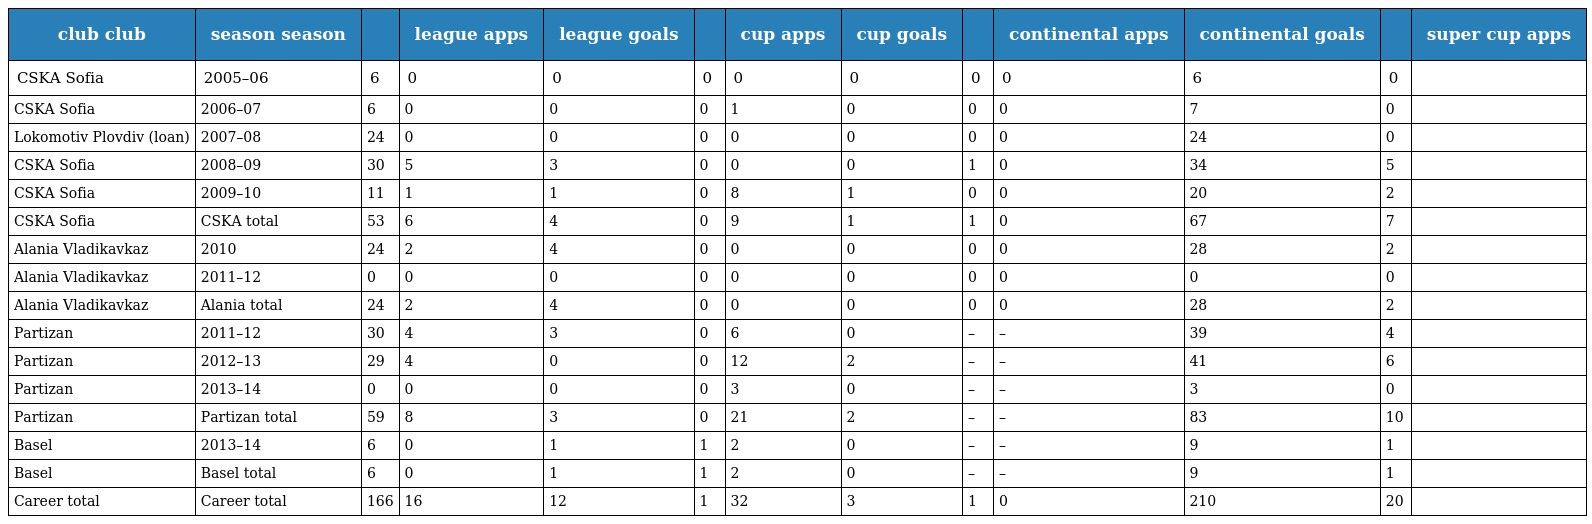
| club club | season season |  | league apps | league goals |  | cup apps | cup goals |  | continental apps | continental goals |  | super cup apps |
 | --- | --- | --- | --- | --- | --- | --- | --- | --- | --- | --- | --- | --- |
 | CSKA Sofia | 2005–06 | 6 | 0 | 0 | 0 | 0 | 0 | 0 | 0 | 6 | 0 |  |
 | CSKA Sofia | 2006–07 | 6 | 0 | 0 | 0 | 1 | 0 | 0 | 0 | 7 | 0 |  |
 | Lokomotiv Plovdiv (loan) | 2007–08 | 24 | 0 | 0 | 0 | 0 | 0 | 0 | 0 | 24 | 0 |  |
 | CSKA Sofia | 2008–09 | 30 | 5 | 3 | 0 | 0 | 0 | 1 | 0 | 34 | 5 |  |
 | CSKA Sofia | 2009–10 | 11 | 1 | 1 | 0 | 8 | 1 | 0 | 0 | 20 | 2 |  |
 | CSKA Sofia | CSKA total | 53 | 6 | 4 | 0 | 9 | 1 | 1 | 0 | 67 | 7 |  |
 | Alania Vladikavkaz | 2010 | 24 | 2 | 4 | 0 | 0 | 0 | 0 | 0 | 28 | 2 |  |
 | Alania Vladikavkaz | 2011–12 | 0 | 0 | 0 | 0 | 0 | 0 | 0 | 0 | 0 | 0 |  |
 | Alania Vladikavkaz | Alania total | 24 | 2 | 4 | 0 | 0 | 0 | 0 | 0 | 28 | 2 |  |
 | Partizan | 2011–12 | 30 | 4 | 3 | 0 | 6 | 0 | – | – | 39 | 4 |  |
 | Partizan | 2012–13 | 29 | 4 | 0 | 0 | 12 | 2 | – | – | 41 | 6 |  |
 | Partizan | 2013–14 | 0 | 0 | 0 | 0 | 3 | 0 | – | – | 3 | 0 |  |
 | Partizan | Partizan total | 59 | 8 | 3 | 0 | 21 | 2 | – | – | 83 | 10 |  |
 | Basel | 2013–14 | 6 | 0 | 1 | 1 | 2 | 0 | – | – | 9 | 1 |  |
 | Basel | Basel total | 6 | 0 | 1 | 1 | 2 | 0 | – | – | 9 | 1 |  |
 | Career total | Career total | 166 | 16 | 12 | 1 | 32 | 3 | 1 | 0 | 210 | 20 |  |